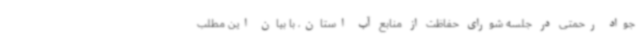
جواد رحمتی در جلسه شورای حفاظت از منابع آب استان، با بیان این مطلب